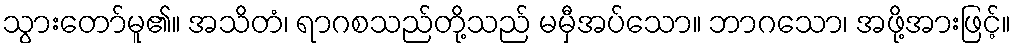
သွားတော်မူ၏။ အသိတံ၊ ရာဂစသည်တို့သည် မမှီအပ်သော။ ဘာဂသော၊ အဖို့အားဖြင့်။